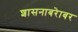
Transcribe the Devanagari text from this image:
शासनाबरेाबर